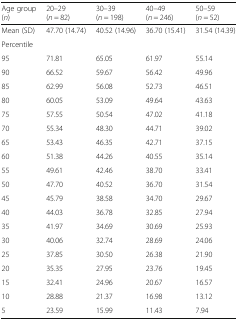
<table><thead><tr><td><b>Age group(<i>n</i>)</b></td><td><b>20–29(<i>n</i> = 82)</b></td><td><b>30–39(<i>n</i> = 198)</b></td><td><b>40–49(<i>n</i> = 246)</b></td><td><b>50–59(<i>n</i> = 52)</b></td></tr></thead><tbody><tr><td>Mean (SD)</td><td>47.70 (14.74)</td><td>40.52 (14.96)</td><td>36.70 (15.41)</td><td>31.54 (14.39)</td></tr><tr><td>Percentile</td><td></td><td></td><td></td><td></td></tr><tr><td>95</td><td>71.81</td><td>65.05</td><td>61.97</td><td>55.14</td></tr><tr><td>90</td><td>66.52</td><td>59.67</td><td>56.42</td><td>49.96</td></tr><tr><td>85</td><td>62.99</td><td>56.08</td><td>52.73</td><td>46.51</td></tr><tr><td>80</td><td>60.05</td><td>53.09</td><td>49.64</td><td>43.63</td></tr><tr><td>75</td><td>57.55</td><td>50.54</td><td>47.02</td><td>41.18</td></tr><tr><td>70</td><td>55.34</td><td>48.30</td><td>44.71</td><td>39.02</td></tr><tr><td>65</td><td>53.43</td><td>46.35</td><td>42.71</td><td>37.15</td></tr><tr><td>60</td><td>51.38</td><td>44.26</td><td>40.55</td><td>35.14</td></tr><tr><td>55</td><td>49.61</td><td>42.46</td><td>38.70</td><td>33.41</td></tr><tr><td>50</td><td>47.70</td><td>40.52</td><td>36.70</td><td>31.54</td></tr><tr><td>45</td><td>45.79</td><td>38.58</td><td>34.70</td><td>29.67</td></tr><tr><td>40</td><td>44.03</td><td>36.78</td><td>32.85</td><td>27.94</td></tr><tr><td>35</td><td>41.97</td><td>34.69</td><td>30.69</td><td>25.93</td></tr><tr><td>30</td><td>40.06</td><td>32.74</td><td>28.69</td><td>24.06</td></tr><tr><td>25</td><td>37.85</td><td>30.50</td><td>26.38</td><td>21.90</td></tr><tr><td>20</td><td>35.35</td><td>27.95</td><td>23.76</td><td>19.45</td></tr><tr><td>15</td><td>32.41</td><td>24.96</td><td>20.67</td><td>16.57</td></tr><tr><td>10</td><td>28.88</td><td>21.37</td><td>16.98</td><td>13.12</td></tr><tr><td>5</td><td>23.59</td><td>15.99</td><td>11.43</td><td>7.94</td></tr></tbody></table>